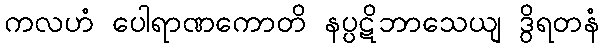
ကလဟံ ပေါရာဏကောတိ နပ္ပဋိဘာသေယျ ဒွိရတနံ